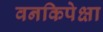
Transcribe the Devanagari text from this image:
वनकिपेक्षा